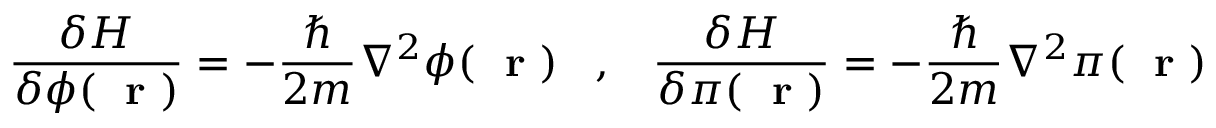
\frac { \delta H } { \delta \phi ( \mathrm { ~ \bf ~ r ~ } ) } = - \frac { \hbar } { 2 m } \nabla ^ { 2 } \phi ( \mathrm { ~ \bf ~ r ~ } ) \; \; \; , \; \; \; \frac { \delta H } { \delta \pi ( \mathrm { ~ \bf ~ r ~ } ) } = - \frac { \hbar } { 2 m } \nabla ^ { 2 } \pi ( \mathrm { ~ \bf ~ r ~ } )